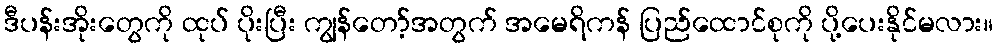
ဒီပန်းအိုးတွေကို ထုပ် ပိုးပြီး ကျွန်တော့်အတွက် အမေရိကန် ပြည်ထောင်စုကို ပို့ပေးနိုင်မလား။